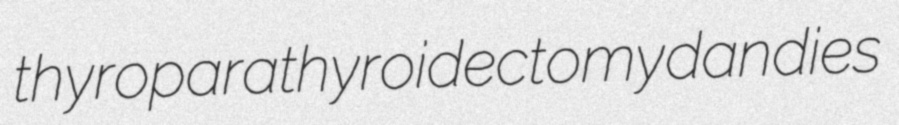
thyroparathyroidectomy dandies